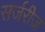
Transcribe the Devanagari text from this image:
सर्जरीज